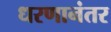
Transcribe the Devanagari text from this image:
धरणानंतर